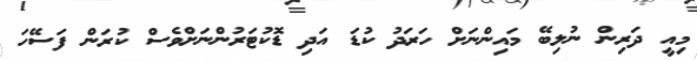
މިއީ ދަރިން ނުލިބޭ މައިންނަށް ހަރަދު ކުޑަ އަދި ޑޮކުޓަރުންނަށްވެސް ކުރަން ފަސޭހަ